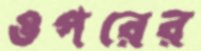
ওপরের